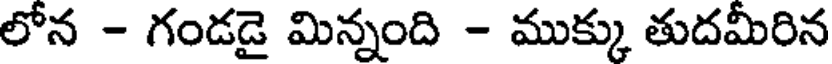
లోన - గండడై మిన్నంది - ముక్కు తుదమీరిన